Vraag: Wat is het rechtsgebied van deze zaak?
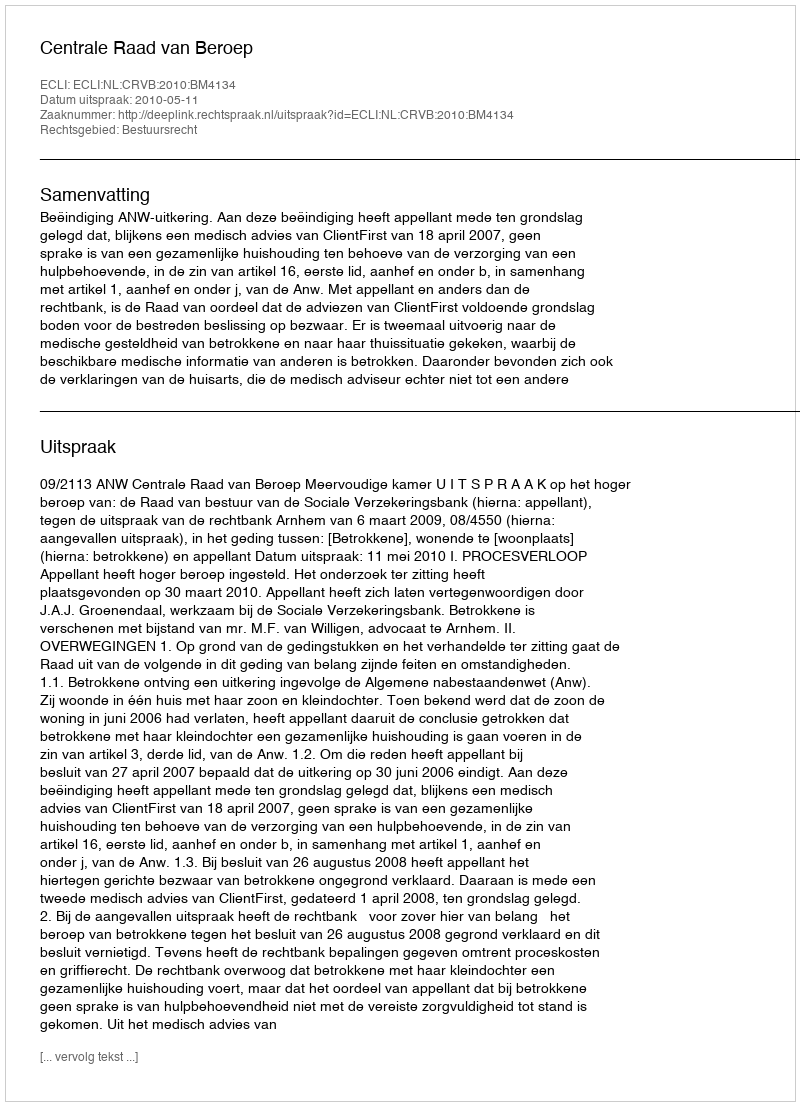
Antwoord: Bestuursrecht